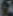
)